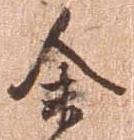
余